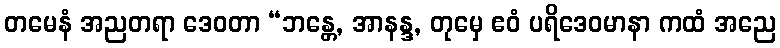
တမေနံ အညတရာ ဒေဝတာ “ဘန္တေ, အာနန္ဒ, တုမှေ ဧဝံ ပရိဒေဝမာနာ ကထံ အညေ